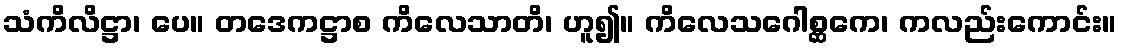
သံကိလိဋ္ဌာ၊ ပေ။ တဒေကဋ္ဌာစ ကိလေသာတိ၊ ဟူ၍။ ကိလေသဂေါစ္ဆကေ၊ ကလည်းကောင်း။